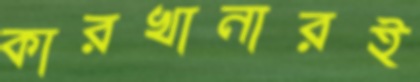
কারখানারই